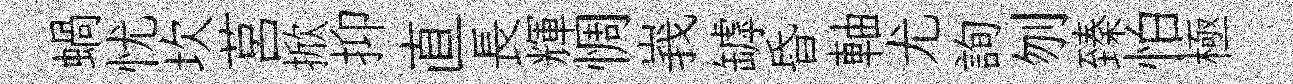
蝸忧坎莒掀抑直長輝惆峩罅昏軸尤詢刎臻怕極